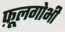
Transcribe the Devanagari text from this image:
फ़ूलगोभी